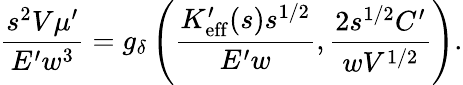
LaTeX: \frac{s^{2}V\mu^{\prime}}{E^{\prime}w^{3}}=g_{\delta}\left(\frac{K_{\mathrm{eff}}^{\prime}(s)s^{1/2}}{E^{\prime}w},\frac{2s^{1/2}C^{\prime}}{wV^{1/2}}\right).